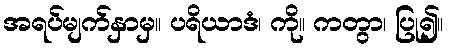
အရပ်မျက်နှာမှ။ ပရိယာဒံ၊ ကို။ ကတွာ၊ ပြု၍။